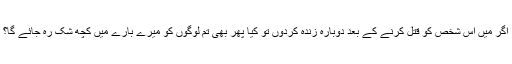
اگر میں اس شخص کو قتل کرنے کے بعد دوبارہ زندہ کردوں تو کیا پھر بھی تم لوگوں کو میرے بارے میں کچھ شک رہ جائے گا؟